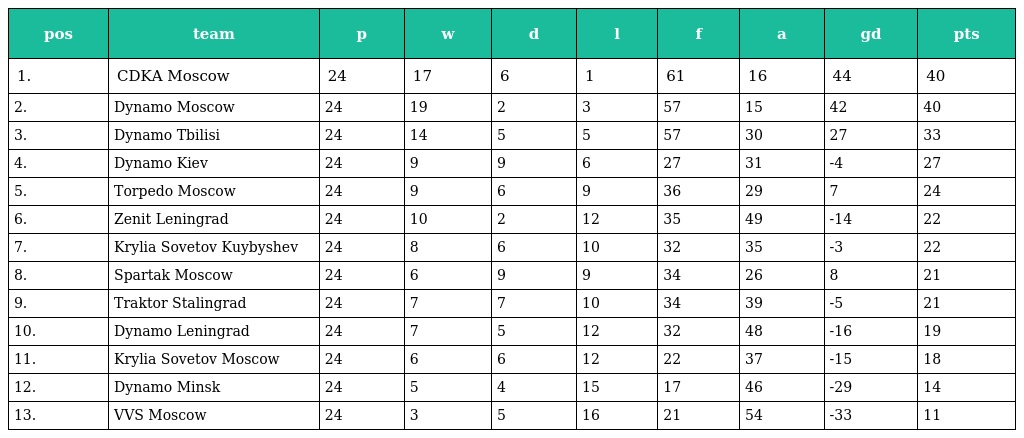
| pos | team | p | w | d | l | f | a | gd | pts |
 | --- | --- | --- | --- | --- | --- | --- | --- | --- | --- |
 | 1. | CDKA Moscow | 24 | 17 | 6 | 1 | 61 | 16 | 44 | 40 |
 | 2. | Dynamo Moscow | 24 | 19 | 2 | 3 | 57 | 15 | 42 | 40 |
 | 3. | Dynamo Tbilisi | 24 | 14 | 5 | 5 | 57 | 30 | 27 | 33 |
 | 4. | Dynamo Kiev | 24 | 9 | 9 | 6 | 27 | 31 | -4 | 27 |
 | 5. | Torpedo Moscow | 24 | 9 | 6 | 9 | 36 | 29 | 7 | 24 |
 | 6. | Zenit Leningrad | 24 | 10 | 2 | 12 | 35 | 49 | -14 | 22 |
 | 7. | Krylia Sovetov Kuybyshev | 24 | 8 | 6 | 10 | 32 | 35 | -3 | 22 |
 | 8. | Spartak Moscow | 24 | 6 | 9 | 9 | 34 | 26 | 8 | 21 |
 | 9. | Traktor Stalingrad | 24 | 7 | 7 | 10 | 34 | 39 | -5 | 21 |
 | 10. | Dynamo Leningrad | 24 | 7 | 5 | 12 | 32 | 48 | -16 | 19 |
 | 11. | Krylia Sovetov Moscow | 24 | 6 | 6 | 12 | 22 | 37 | -15 | 18 |
 | 12. | Dynamo Minsk | 24 | 5 | 4 | 15 | 17 | 46 | -29 | 14 |
 | 13. | VVS Moscow | 24 | 3 | 5 | 16 | 21 | 54 | -33 | 11 |